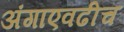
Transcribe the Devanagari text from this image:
अंगाएवढीच